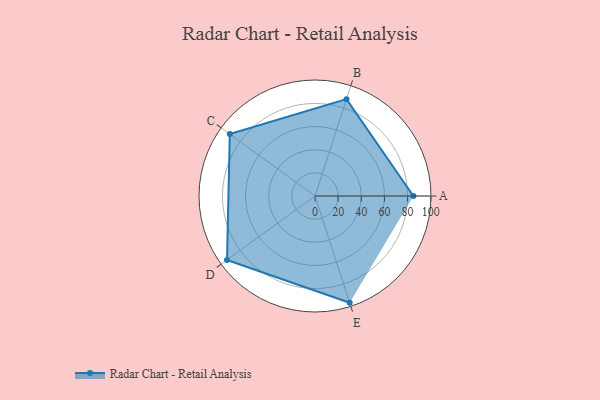
{"axis": {"x": "Skill", "y": "Score"}, "legend": ["Profile"], "data": [{"x": "A", "y": 85.0, "type": "Profile"}, {"x": "B", "y": 88.0, "type": "Profile"}, {"x": "C", "y": 91.0, "type": "Profile"}, {"x": "D", "y": 94.0, "type": "Profile"}, {"x": "E", "y": 97.0, "type": "Profile"}]}